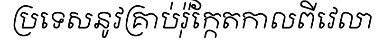
ប្រទេសនូវគ្រាប់រ៉ុក្កែតកាលពីវេលា